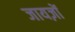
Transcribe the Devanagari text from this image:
जायज़ों